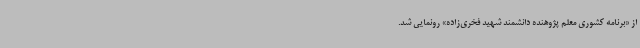
از «برنامه کشوری معلم پژوهنده دانشمند شهید فخری‌زاده» رونمایی شد.